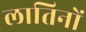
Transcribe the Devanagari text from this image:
लातिनों